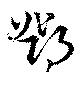
鄧